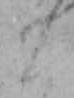
こ